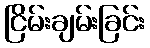
ငြိမ်းချမ်းခြင်း